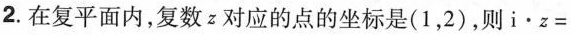
2.在复平面内，复数z对应的点的坐标是(1，2)，则$$i \cdot z=$$